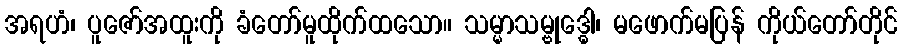
အရဟံ၊ ပူဇော်အထူးကို ခံတော်မူထိုက်ထသော။ သမ္မာသမ္ဗုဒ္ဓေါ၊ မဖောက်မပြန် ကိုယ်တော်တိုင်